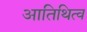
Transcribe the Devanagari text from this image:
आतिथित्व